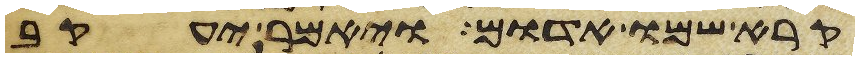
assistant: קרא שמו אדום ויאמר יעקב